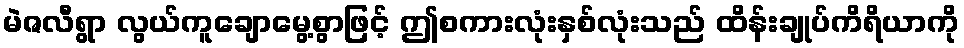
မဲဇလီရွာ လွယ်ကူချောမွေ့စွာဖြင့် ဤစကားလုံးနှစ်လုံးသည် ထိန်းချုပ်ကိရိယာကို